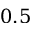
0 . 5